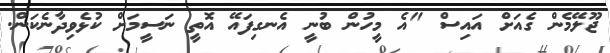
ޖޫލޭމެން ގެއަށް އައިސް "އެ މީހުން ބުނީ އެނގިފައޭ އޮތީ ނަސީމަށް ކުޅެވިދާނެކަން.